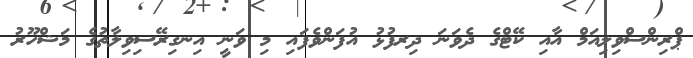
ޕްރިންސްވިލިއަމް އާއި ކޭޓްގެ ދެވަނަ ދިރފުޅު އުފަންވެފައި މި ވަނީ އިނގިރޭސިވިލާތުގެ މަޝްހޫރު